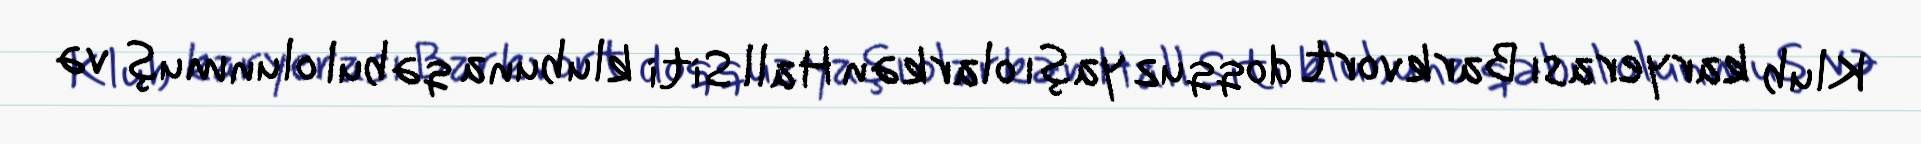
Klub karyerası Barkvort doqquz yaşı olarkən Hall Siti klubuna qəbul olunmuş və